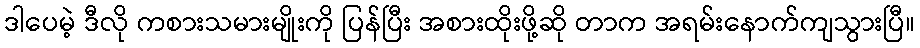
ဒါပေမဲ့ ဒီလို ကစားသမားမျိုးကို ပြန်ပြီး အစားထိုးဖို့ဆို တာက အရမ်းနောက်ကျသွားပြီ။